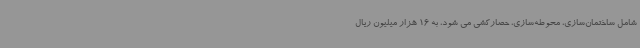
شامل ساختمان‌سازی، محوطه‌سازی، حصارکشی می شود، به 16 هزار میلیون ریال